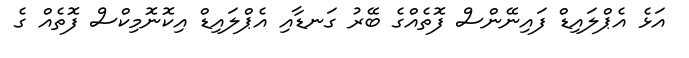
އަޅެ އެޕްލައިޑް ފަައިނޭންސް ފޮތެއްގެ ބޭރު ގަނޑާއި އެޕްލައިޑް އިކޮނޮމިކްސް ފޮތެއް ގެ